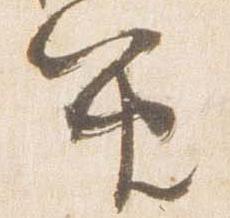
笛